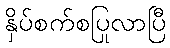
နှိပ်စက်စပြုလာပြီ